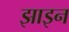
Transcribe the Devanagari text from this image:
झाइन